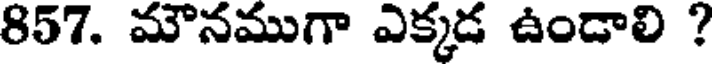
857. మౌనముగా ఎక్కడ ఉండాలి ?